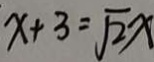
x + 3 = \sqrt { 2 } x